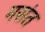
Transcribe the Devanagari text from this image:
मसंत